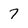
Character: 7